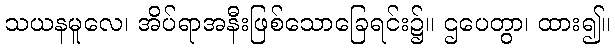
သယနမူလေ၊ အိပ်ရာအနီးဖြစ်သောခြေရင်း၌။ ဌပေတွာ၊ ထား၍။